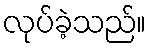
လုပ်ခဲ့သည်။